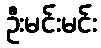
ဦးမင်းမင်း